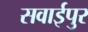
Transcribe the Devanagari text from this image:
सवाईपुर